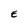
Character: E